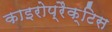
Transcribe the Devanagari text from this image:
काइरोप्रैक्टिस